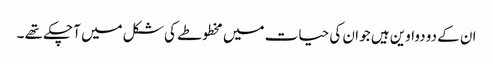
ان کے دو دواوین ہیں جو ان کی حیات میں مخطوطے کی شکل میں آچکے تھے ۔